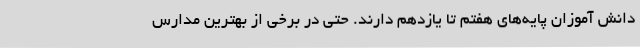
دانش آموزان پایه‌های هفتم تا یازدهم دارند. حتی در برخی از بهترین مدارس